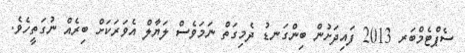
ސެޕްޓެމްބަރ 2013 ފައިދަށުން ބިންގަނޑު ދެމިގަތް ނަމަވެސް ލަޔާލް އެވަރަކަށް ބިރެއް ނުގަތީހެވެ.